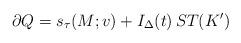
LaTeX: \begin{align*} \partial Q=s_\tau(M;v)+I_\Delta(t)\,ST(K')\end{align*}